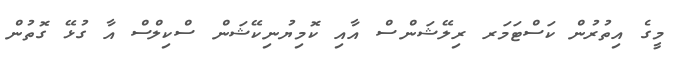
މީގެ އިތުރުން ކަސްޓަމަރ ރިލޭޝަންސް އާއި ކޮމިޔުނިކޭޝަން ސްކިލްސް އާ ގުޅޭ ގޮތުން